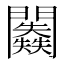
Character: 𨷥